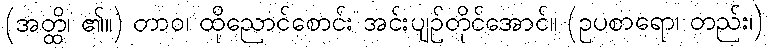
(အတ္ထိ၊ ၏။) တာဝ၊ ထိုညောင်စောင်း အင်းပျဉ်တိုင်အောင်။ (ဥပစာရော၊ တည်း၊)